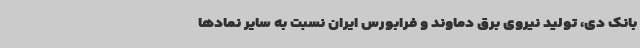
بانک دی، تولید نیروی برق دماوند و فرابورس ایران نسبت به سایر نمادها